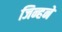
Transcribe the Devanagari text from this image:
जिन्हने